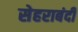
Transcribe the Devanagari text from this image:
सेहराबंदी